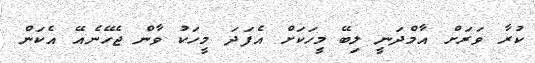
ކުރާ ވަރަށް އާމްދަނީ ލިބޭ މީހަކަށް އެފަދަ މީހަކު ވާން ޖެހޭނެއޭ އެކަން